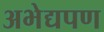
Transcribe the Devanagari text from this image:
अभेद्यपण